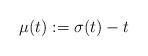
LaTeX: \begin{align*}\mu(t):=\sigma(t)-t\end{align*}